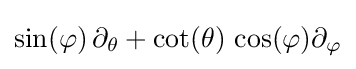
\sin(\varphi )\,\partial _{\theta }+\cot(\theta )\,\cos(\varphi )\partial _{\varphi }